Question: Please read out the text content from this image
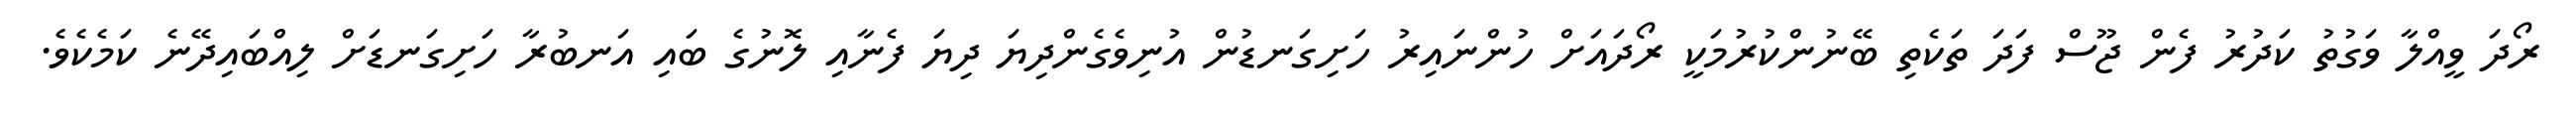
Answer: ރޯދަ ވީއްލާ ވަގުތު ކަދުރު ފެން ޖޫސް ފަދަ ތަކެތި ބޭނުންކުރުމަކީ ރޯދައަށް ހުންނައިރު ހަށިގަނޑުން އުނިވެގެންދިޔަ ދިޔަ ފެނާއި ލޮނުގެ ބައި އަނބުރާ ހަށިގަނޑަށް ލިއްބައިދޭނެ ކަމެކެވެ.